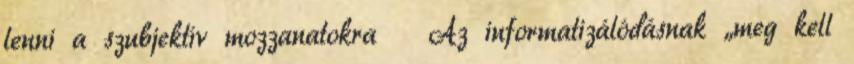
lenni a szubjektív mozzanatokra  Az informatizálódásnak „meg kell